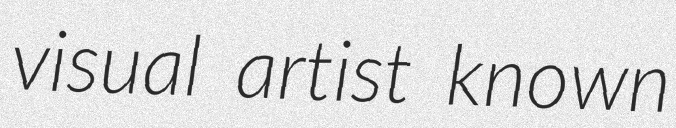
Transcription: visual artist known